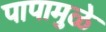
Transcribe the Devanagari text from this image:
पापामुळे